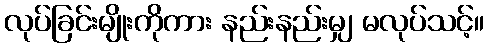
လုပ်ခြင်းမျိုးကိုကား နည်းနည်းမျှ မလုပ်သင့်။